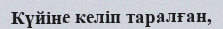
Күйіне келіп таралған,